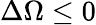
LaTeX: \Delta\Omega\le 0